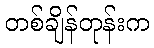
တစ်ချိန်တုန်းက